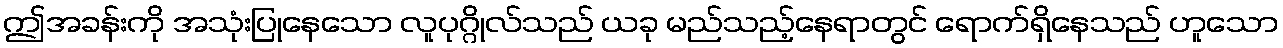
ဤအခန်းကို အသုံးပြုနေသော လူပုဂ္ဂိုလ်သည် ယခု မည်သည့်နေရာတွင် ရောက်ရှိနေသည် ဟူသော